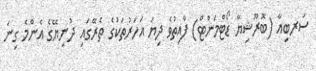
ސަރބިއާ (ބޮރޫޝިޔާ ޑޯޓްމަންޓް) ފާއިތުވެ ދިޔަ އަހަރުތަކުގެ ތެރޭގައި ދުނިޔޭގެ އެންމެ ގިނަ